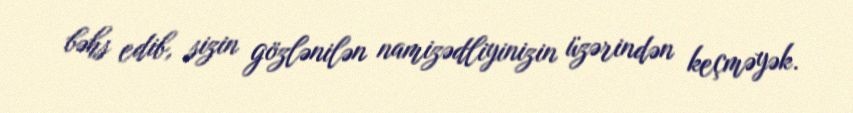
bəhs edib, sizin gözlənilən namizədliyinizin üzərindən keçməyək.